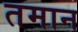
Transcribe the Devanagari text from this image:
तमान